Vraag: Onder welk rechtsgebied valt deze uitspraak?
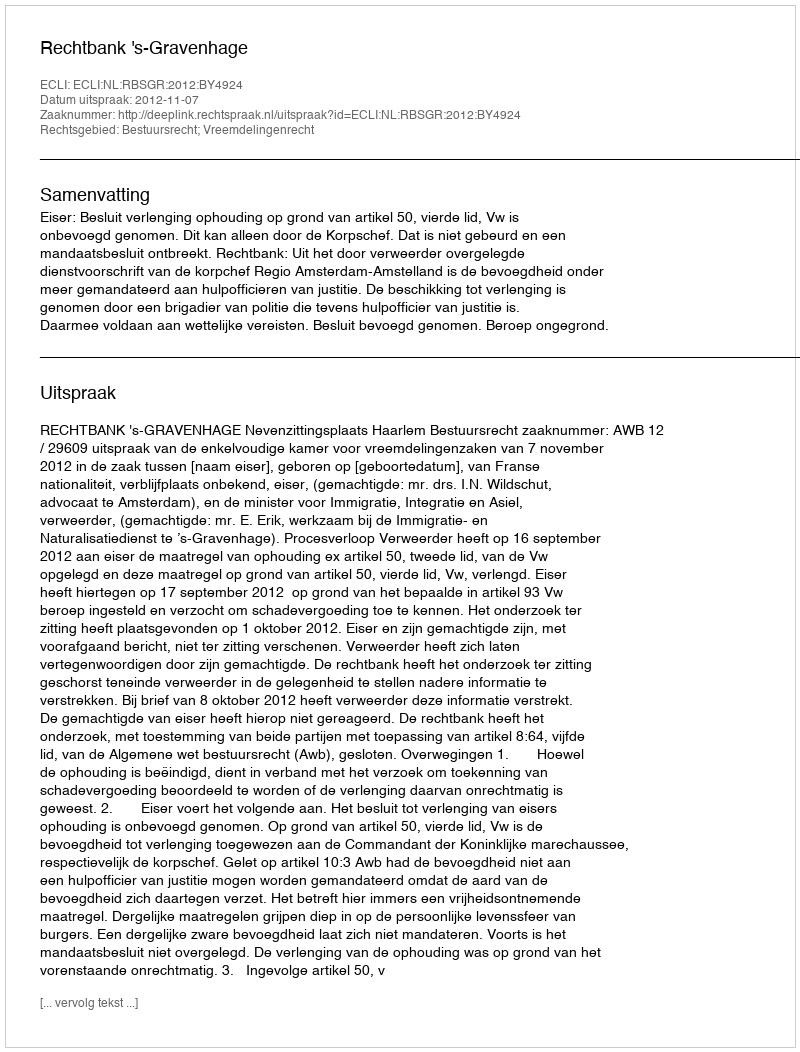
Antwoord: Bestuursrecht; Vreemdelingenrecht